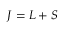
{ \boldsymbol { J } } = { \boldsymbol { L } } + { \boldsymbol { S } }